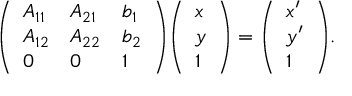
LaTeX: { \left( \begin{array} { l l l } { A _ { 1 1 } } & { A _ { 2 1 } } & { b _ { 1 } } \\ { A _ { 1 2 } } & { A _ { 2 2 } } & { b _ { 2 } } \\ { 0 } & { 0 } & { 1 } \end{array} \right) } { \left( \begin{array} { l } { x } \\ { y } \\ { 1 } \end{array} \right) } = { \left( \begin{array} { l } { x ^ { \prime } } \\ { y ^ { \prime } } \\ { 1 } \end{array} \right) } .